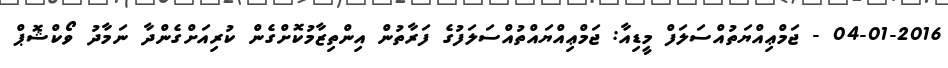
04-01-2016 - ޖަމްޢިއްޔަތުއްސަލަފް މީޑިއާ: ޖަމްޢިއްޔައްތުއްސަލަފުގެ ފަރާތުން އިންތިޒާމުކޮށްގެން ކުރިއަށްގެންދާ ނަމާދު ވޯކްޝޮޕް